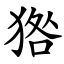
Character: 㹾